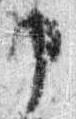
申